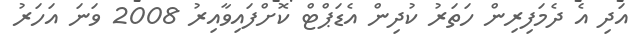
އަދި އެ ދެމަފިރިން ހަތަރު ކުދިން އެޑަޕްޓް ކޮށްފައިވާއިރު 2008 ވަނަ އަހަރު